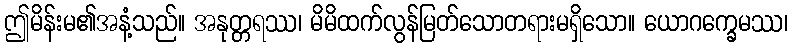
ဤမိန်းမ၏အနံ့သည်။ အနုတ္တရဿ၊ မိမိထက်လွန်မြတ်သောတရားမရှိသော။ ယောဂက္ခေမဿ၊